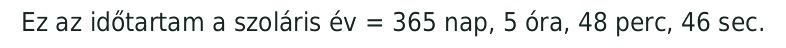
Ez az időtartam a szoláris év = 365 nap, 5 óra, 48 perc, 46 sec.